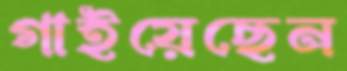
গাইয়েছেন